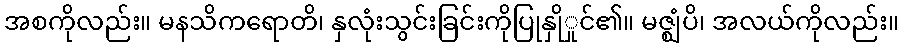
အစကိုလည်း။ မနသိကရောတိ၊ နှလုံးသွင်းခြင်းကိုပြုနှိုှုင်၏။ မဇ္ဈံပိ၊ အလယ်ကိုလည်း။